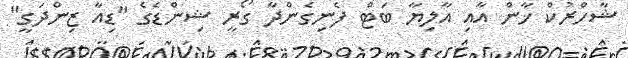
ޝާހްރުކް ޚާން އާއި އާލިޔާ ބަޓް ފެނިގެންދާ ގޯރީ ޝިންޑެގެ "ޑިއާ ޒިންދަގީ"